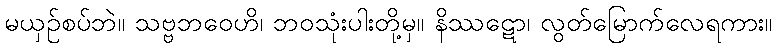
မယှဉ်စပ်ဘဲ။ သဗ္ဗဘဝေဟိ၊ ဘဝသုံးပါးတို့မှ။ နိဿဋော၊ လွတ်မြောက်လေရကား။